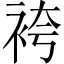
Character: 袴